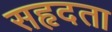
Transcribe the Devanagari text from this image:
सहृदता